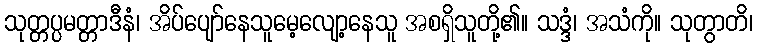
သုတ္တပ္ပမတ္တာဒီနံ၊ အိပ်ပျော်နေသူမေ့လျော့နေသူ အစရှိသူတို့၏။ သဒ္ဒံ၊ အသံကို။ သုတွာတိ၊